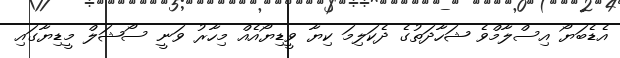
އެޑެބަޔޯ އިސްލާމްވެ ޝަހާދަތުގެ ދެކަލިމަ ކިޔާ ވީޑިޔޯއެއް މިހާރު ވަނީ ސޯޝަލް މީޑިޔާގައި